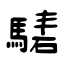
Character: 騞